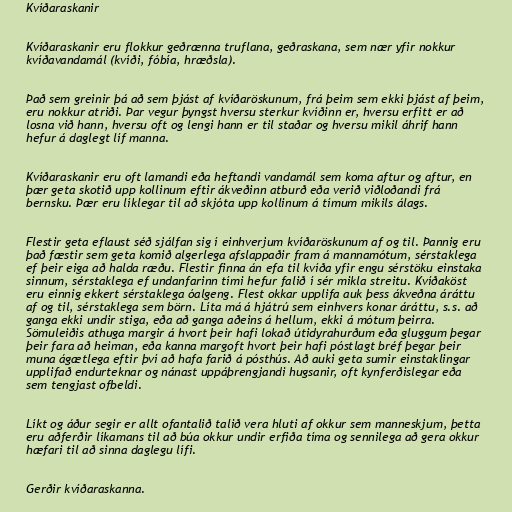
Kvíðaraskanir

Kvíðaraskanir eru flokkur geðrænna truflana, geðraskana, sem nær yfir nokkur
kvíðavandamál (kvíði, fóbía, hræðsla).

Það sem greinir þá að sem þjást af kvíðaröskunum, frá þeim sem ekki þjást af þeim,
eru nokkur atriði. Þar vegur þyngst hversu sterkur kvíðinn er, hversu erfitt er að
losna við hann, hversu oft og lengi hann er til staðar og hversu mikil áhrif hann
hefur á daglegt líf manna.

Kvíðaraskanir eru oft lamandi eða heftandi vandamál sem koma aftur og aftur, en
þær geta skotið upp kollinum eftir ákveðinn atburð eða verið viðloðandi frá
bernsku. Þær eru líklegar til að skjóta upp kollinum á tímum mikils álags.

Flestir geta eflaust séð sjálfan sig í einhverjum kvíðaröskunum af og til. Þannig eru
það fæstir sem geta komið algerlega afslappaðir fram á mannamótum, sérstaklega
ef þeir eiga að halda ræðu. Flestir finna án efa til kvíða yfir engu sérstöku einstaka
sinnum, sérstaklega ef undanfarinn tími hefur falið í sér mikla streitu. Kvíðaköst
eru einnig ekkert sérstaklega óalgeng. Flest okkar upplifa auk þess ákveðna áráttu
af og til, sérstaklega sem börn. Líta má á hjátrú sem einhvers konar áráttu, s.s. að
ganga ekki undir stiga, eða að ganga aðeins á hellum, ekki á mótum þeirra.
Sömuleiðis athuga margir á hvort þeir hafi lokað útidyrahurðum eða gluggum þegar
þeir fara að heiman, eða kanna margoft hvort þeir hafi póstlagt bréf þegar þeir
muna ágætlega eftir því að hafa farið á pósthús. Að auki geta sumir einstaklingar
upplifað endurteknar og nánast uppáþrengjandi hugsanir, oft kynferðislegar eða
sem tengjast ofbeldi.

Líkt og áður segir er allt ofantalið talið vera hluti af okkur sem manneskjum, þetta
eru aðferðir líkamans til að búa okkur undir erfiða tíma og sennilega að gera okkur
hæfari til að sinna daglegu lífi.

Gerðir kvíðaraskanna.